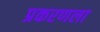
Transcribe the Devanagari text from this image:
प्रकरणला